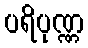
ပရိပုဏ္ဏ